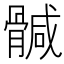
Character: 𩩴